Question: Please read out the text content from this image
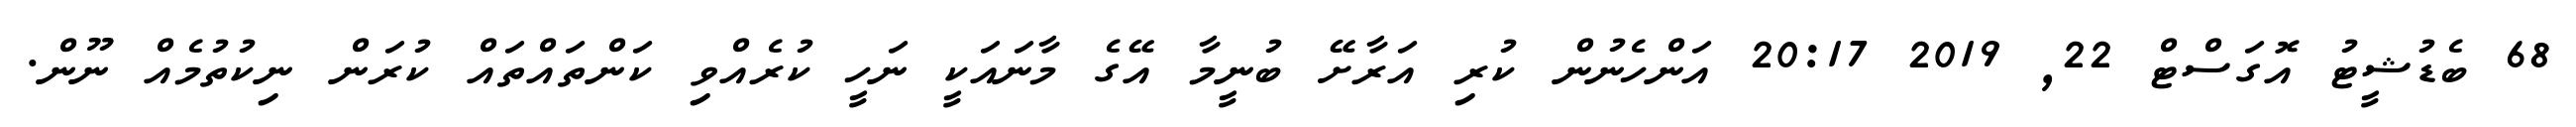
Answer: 68 ބެޑުޝީޓު އޮގަސްޓް 22, 2019 20:17 އަންހެނުން ކުރި އަރާށޭ ބުނީމާ އޭގެ މާނައަކީ ނަހީ ކުރެއްވި ކަންތައްތައް ކުރަން ނިކުތުމެއް ނޫން.